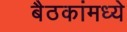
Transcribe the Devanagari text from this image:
बैठकांमध्ये